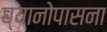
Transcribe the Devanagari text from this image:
घ्यानोपासना